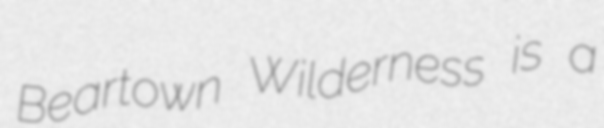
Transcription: Beartown Wilderness is a